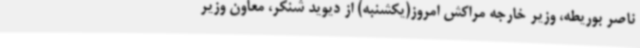
ناصر بوریطه، وزیر خارجه مراکش امروز(یکشنبه) از دیوید شنکر، معاون وزیر